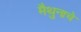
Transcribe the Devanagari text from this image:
मैथुनाचे